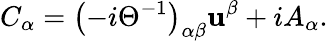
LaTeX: C_{\alpha}=\left(-i\Theta^{-1}\right)_{\alpha\beta}\mathbf{u}^{\beta}+iA_{\alpha}.